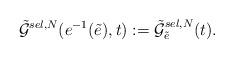
LaTeX: \begin{align*}\tilde{\mathcal{G}}^{sel,N}(e^{-1}(\tilde{e}),t):=\tilde{\mathcal{G}}_{\tilde{e}}^{sel,N}(t).\end{align*}